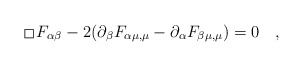
\begin{align*}{\,\lower0.9pt\vbox{\hrule \hbox{\vrule height 0.2 cm\hskip 0.2 cm \vrule height 0.2cm}\hrule}\,}F_{\alpha\beta}-2(\partial_{\beta}F_{\alpha\mu,\mu}-\partial_{\alpha}F_{\beta\mu,\mu})=0 \quad,\end{align*}